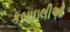
કબાઇલીઓ